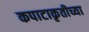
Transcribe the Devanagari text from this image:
कपाटाकृतीच्या